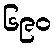
၆၉၀